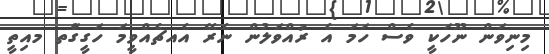
މިނިވަން ނޫހަކީ ވެސް ހަމަ އެ ރުއްވަލުން ނެރޭ އެއޗެއްވީމަ ހަގީގަްތ މއިތީ